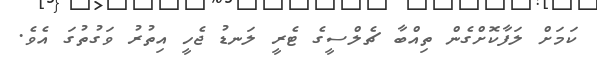
ކަމަށް ލަފާކޮށްގެން ތިއްބާ ޗެލްސީގެ ޓެރީ ލަނޑު ޖެހީ އިތުރު ވަގުތުގަ އެވެ.